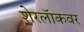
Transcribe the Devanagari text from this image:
शेरलॅाकवर